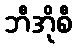
ဘီအိုစီ